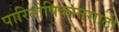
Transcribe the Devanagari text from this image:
पारितोषिकानसाठी